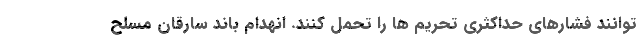
توانند فشارهای حداکثری تحریم ها را تحمل کنند. انهدام باند سارقان مسلح